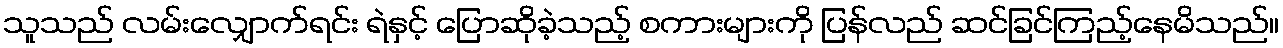
သူသည် လမ်းလျှောက်ရင်း ရဲနှင့် ပြောဆိုခဲ့သည့် စကားများကို ပြန်လည် ဆင်ခြင်ကြည့်နေမိသည်။